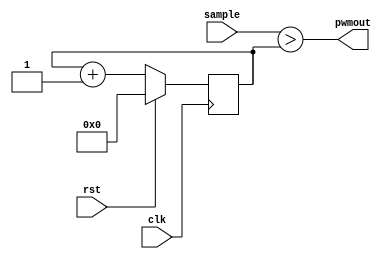
module PWMGen(
  clk,
  rst,
  sample,
  pwmout
);

input        clk;  
input        rst;
input  [7:0] sample;
output       pwmout;
  
reg  [7:0] pwm_dutycyc_ff; /* keeps count of duty cycle*/

assign pwmout = (sample > pwm_dutycyc_ff);

always @ (posedge clk) begin
  if (rst) begin
    pwm_dutycyc_ff  <= 8'd0;
  end
  else begin
    pwm_dutycyc_ff <= pwm_dutycyc_ff + 8'd1;  
  end
end

endmodule